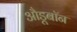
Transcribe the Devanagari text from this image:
औडूबॉन